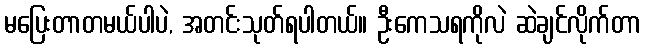
မပြေးတာတမယ်ပါပဲ, အတင်းသုတ်ရပါတယ်။ ဦးကေသရကိုလဲ ဆဲချင်လိုက်တာ